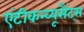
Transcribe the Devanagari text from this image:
एंटीकन्व्यूसैंट्स